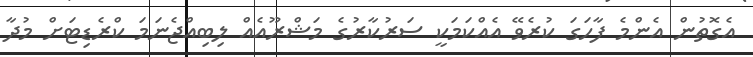
އެގޮތުން އެންމެ ފާހަގަ ކުރެވޭ އެއްކަމަކީ ސަރުކާރުގެ މަޝްރޫއެއް ލިބިއްޖެނަމަ ކްރެޑިޓަށް މުދާ